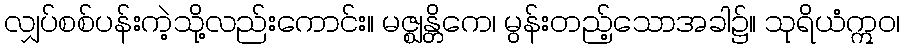
လျှပ်စစ်ပန်းကဲ့သို့လည်းကောင်း။ မဇ္ဈန္တိကေ၊ မွန်းတည့်သောအခါ၌။ သုရိယံဣဝ၊